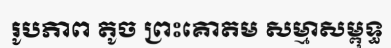
រូបភាព តូច ព្រះគោតម សម្មាសម្ពុទ្ធ